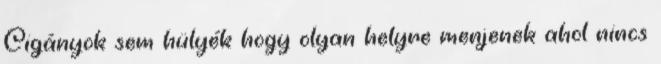
Cigányok sem hülyék hogy olyan helyre menjenek ahol nincs